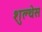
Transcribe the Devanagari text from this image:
शुल्थेस